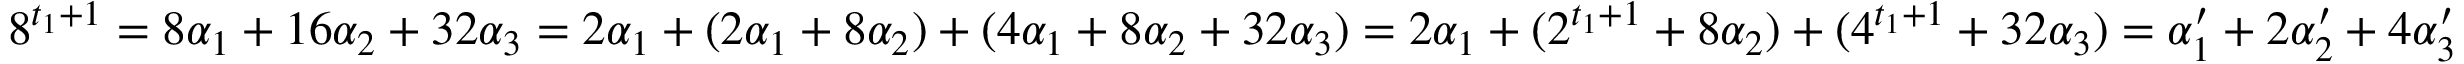
8 ^ { t _ { 1 } + 1 } = 8 \alpha _ { 1 } + 1 6 \alpha _ { 2 } + 3 2 \alpha _ { 3 } = 2 \alpha _ { 1 } + ( 2 \alpha _ { 1 } + 8 \alpha _ { 2 } ) + ( 4 \alpha _ { 1 } + 8 \alpha _ { 2 } + 3 2 \alpha _ { 3 } ) = 2 \alpha _ { 1 } + ( 2 ^ { t _ { 1 } + 1 } + 8 \alpha _ { 2 } ) + ( 4 ^ { t _ { 1 } + 1 } + 3 2 \alpha _ { 3 } ) = \alpha _ { 1 } ^ { \prime } + 2 \alpha _ { 2 } ^ { \prime } + 4 \alpha _ { 3 } ^ { \prime }